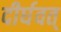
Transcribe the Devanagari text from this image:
दीर्घवत्